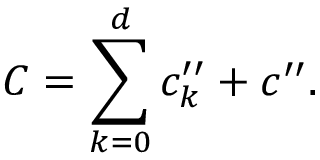
C = \sum _ { k = 0 } ^ { d } c _ { k } ^ { \prime \prime } + c ^ { \prime \prime } .